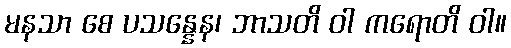
မနသာ စေ ပသန္နေန၊ ဘာသတိ ဝါ ကရောတိ ဝါ။